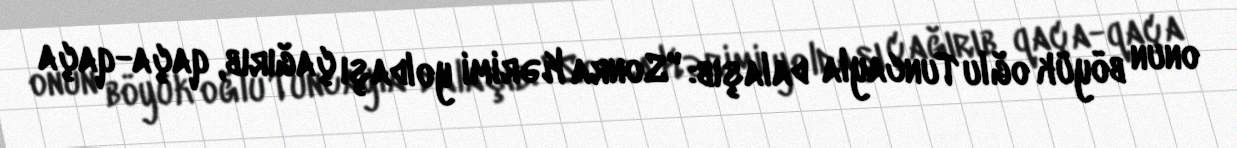
onun böyük oğlu Tuncayla dalaşıb: "Sonra Kərimi yoldaşı çağırıb, qaça-qaça